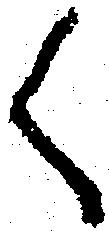
く